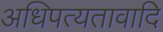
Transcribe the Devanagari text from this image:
अधिपत्यतावादि